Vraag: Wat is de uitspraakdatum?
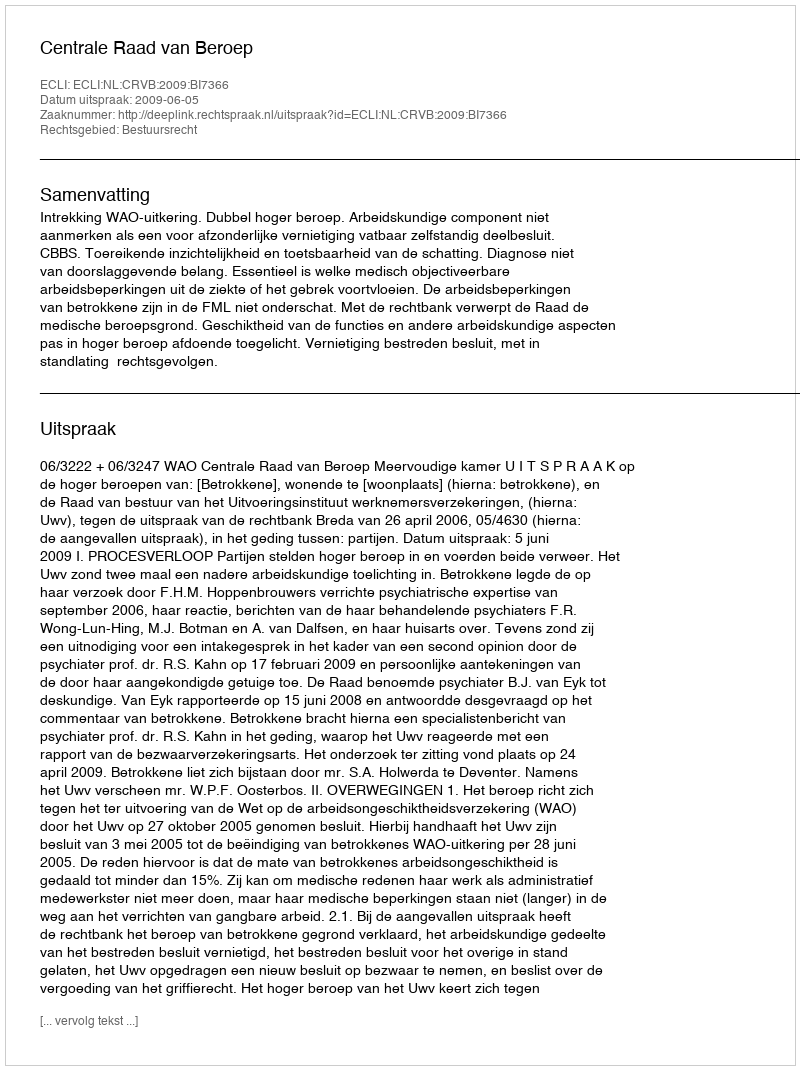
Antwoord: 2009-06-05